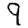
Digit: 9